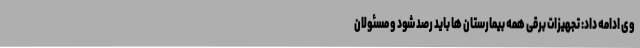
وی ادامه داد: تجهیزات برقی همه بیمارستان ها باید رصد شود و مسئولان